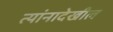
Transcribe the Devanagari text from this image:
त्यांनादेखील